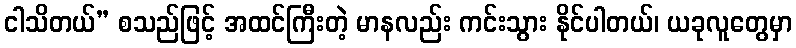
ငါသိတယ်” စသည်ဖြင့် အထင်ကြီးတဲ့ မာနလည်း ကင်းသွား နိုင်ပါတယ်၊ ယခုလူတွေမှာ